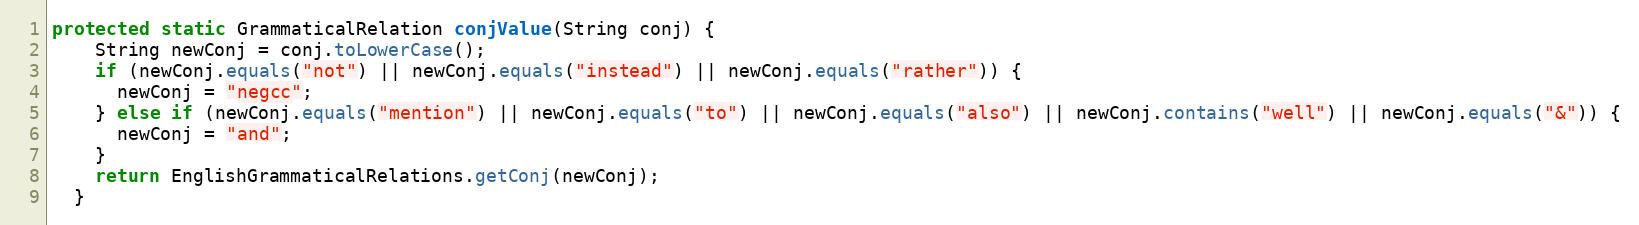
Language: Java
protected static GrammaticalRelation conjValue(String conj) {
    String newConj = conj.toLowerCase();
    if (newConj.equals("not") || newConj.equals("instead") || newConj.equals("rather")) {
      newConj = "negcc";
    } else if (newConj.equals("mention") || newConj.equals("to") || newConj.equals("also") || newConj.contains("well") || newConj.equals("&")) {
      newConj = "and";
    }
    return EnglishGrammaticalRelations.getConj(newConj);
  }